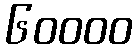
၆၀၀၀၀